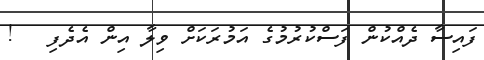
ފައިސާ ދެއްކުން ފަސްކުރުމުގެ އަމުރަކަށް ވިލާ އިން އެދެފި   !